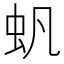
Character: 䖠